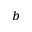
^ { b }